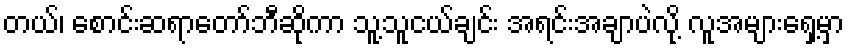
တယ်၊ စောင်းဆရာတော်ဘီဆိုကာ သူ့သူငယ်ချင်း အရင်းအချာပဲလို့ လူအများရှေ့မှာ